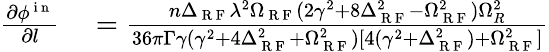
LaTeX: \begin{array}{rl}{\frac{\partial\phi^{\mathrm{~i~n~}}}{\partial l}}&{{}=\frac{n\Delta_{\mathrm{~R~F~}}\lambda^{2}\Omega_{\mathrm{~R~F~}}(2\gamma^{2}+8\Delta_{\mathrm{~R~F~}}^{2}-\Omega_{\mathrm{~R~F~}}^{2})\Omega_{R}^{2}}{36\pi\Gamma\gamma(\gamma^{2}+4\Delta_{\mathrm{~R~F~}}^{2}+\Omega_{\mathrm{~R~F~}}^{2})[4(\gamma^{2}+\Delta_{\mathrm{~R~F~}}^{2})+\Omega_{\mathrm{~R~F~}}^{2}]}}\end{array}